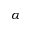
\alpha